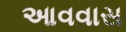
આવવાસ